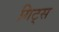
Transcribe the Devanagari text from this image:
गिट्स